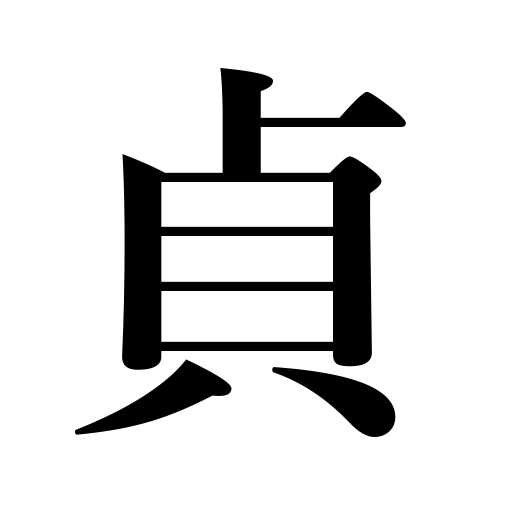
Meanings: constancy,chastity,righteousness